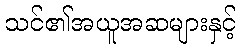
သင်၏အယူအဆများနှင့်